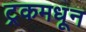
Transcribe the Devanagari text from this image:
ट्रकमधून